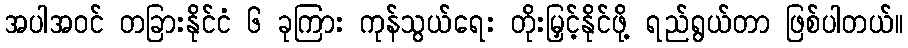
အပါအဝင် တခြားနိုင်ငံ ၆ ခုကြား ကုန်သွယ်ရေး တိုးမြှင့်နိုင်ဖို့ ရည်ရွယ်တာ ဖြစ်ပါတယ်။